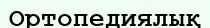
Ортопедиялық